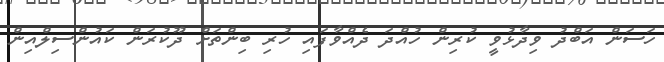
ހަސަން އަބްދު ވިދާޅުވީ ކުރިން ހުއްދަ ދެއްވާފައި ހުރި ބިންތަށް ދޫކުރަން ކައުންސިލްއިން